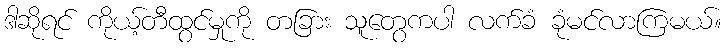
ဒါဆိုရင် ကိုယ့်တီထွင်မှုကို တခြား သူတွေကပါ လက်ခံ ခုံမင်လာကြမယ်။